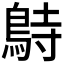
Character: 𪀔